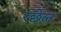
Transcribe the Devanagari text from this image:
रछेल